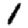
Digit: 1